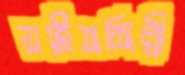
সঙ্গীতশিল্পী